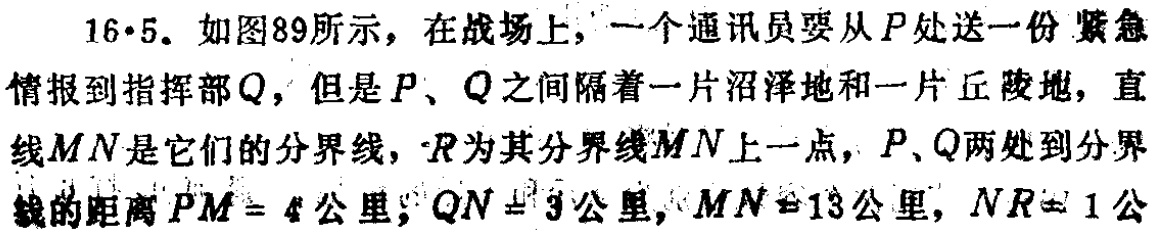
16·5. 如图89所示，在战场上，一个通讯员要从\(P\)处送一份紧急情报到指挥部\(Q\)，但是\(P\)、\(Q\)之间隔着一片沼泽地和一片丘陵地，直线\(MN\)是它们的分界线，\(R\)为其分界线\(MN\)上一点，\(P\)、\(Q\)两处到分界线的距离\(PM = 4\)公里，\(QN = 9\)公里，\(MN = 13\)公里，\(NR = 1\)公